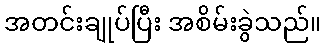
အတင်းချုပ်ပြီး အစိမ်းခွဲသည်။